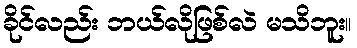
ခိုင်လည်း ဘယ်လိုဖြစ်လဲ မသိဘူး။